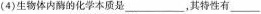
(4)生物体内酶的化学本质是___，其特性有___